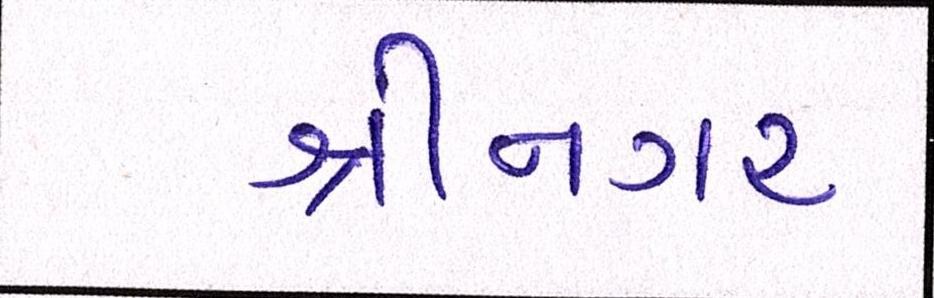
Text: શ્રીનગર